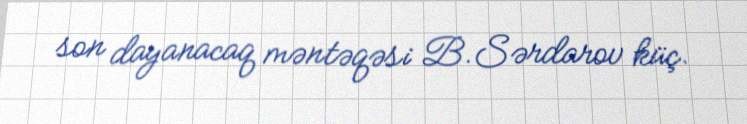
son dayanacaq məntəqəsi B.Sərdarov küç.